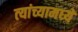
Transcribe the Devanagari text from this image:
त्‍यांच्‍यामध्‍ये